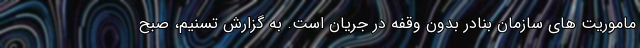
ماموریت هاى سازمان بنادر بدون وقفه در جریان است. به گزارش تسنیم، صبح